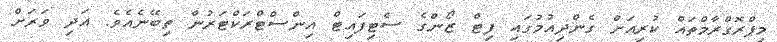
މިޕްރޮގްރާމްތައް ކުރިއަށް ގެންދިއުމުގައި ފިޓް ޒޯންގެ ސެޓިފައިޓް އިންސްޓްރަކްޓަރުން ތިބޭނެއެވެ. އަދި ވަރަށް